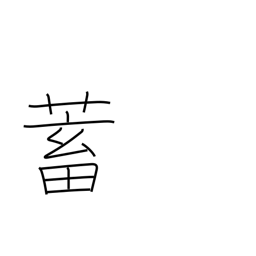
Meaning: store